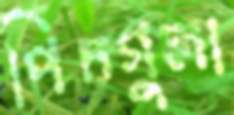
পিচগুলা